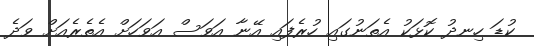
ކުޑަ ހިނދު ކޮޅަކު އެތަނުގައި ހުރެފައި އޭނާ އަވަސް އަވަހަށް އެތެރެއަށް ވަދެ